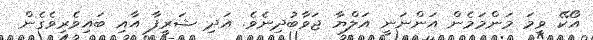
އޯކޭ ވީމަ މަންމަމެން އަންނަނީ އަލްޔާ ޖަވާބުދިނެވެ. އަދި ޝަރީފާ އާއި ބައިވެރިވެގެން